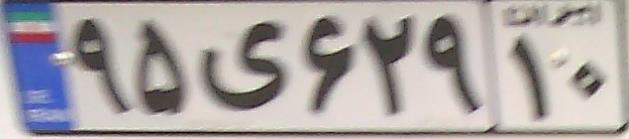
۹۵ی۶۲۹۱۰